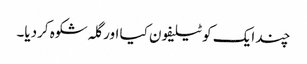
چند ایک کو ٹیلیفون کیا اور گلہ شکوہ کردیا۔